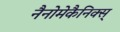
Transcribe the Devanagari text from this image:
नैनोमेकैनिक्स्